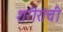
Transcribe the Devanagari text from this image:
शरीरांची